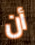
أن